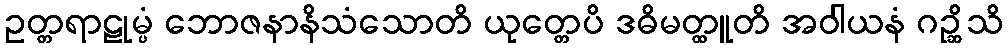
ဥတ္တရာဠုမ္ပံ ဘောဇနာနိသံသောတိ ယုတ္တေပိ ဒဓိမတ္ထူတိ အဝါယနံ ဂဉ္ဆိသိ